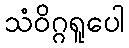
သံဝိဂ္ဂရူပေါ